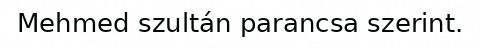
Mehmed szultán parancsa szerint.